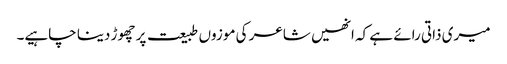
میری ذاتی رائے ہے کہ انھیں شاعر کی موزوں طبیعت پر چھوڑ دینا چاہیے۔